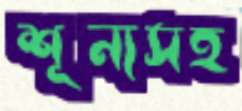
শূন্যসহ